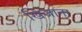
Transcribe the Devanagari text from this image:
खिजाना